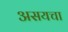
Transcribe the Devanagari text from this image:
असयचा